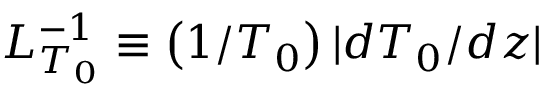
L _ { T _ { 0 } } ^ { - 1 } \equiv \left( 1 / T _ { 0 } \right) | d T _ { 0 } / d z |